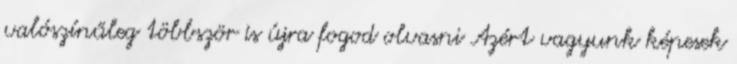
valószínűleg többször is újra fogod olvasni Azért vagyunk képesek